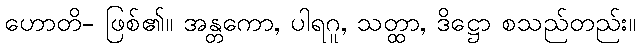
ဟောတိ- ဖြစ်၏။ အန္တကော, ပါရဂူ, သတ္ထာ, ဒိဋ္ဌော စသည်တည်း။